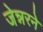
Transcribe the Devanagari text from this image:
जेन्नरने